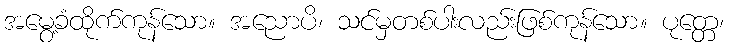
အမွေ့ခံထိုက်ကုန်သော။ အညောပိ၊ သင်မှတစ်ပါးလည်းဖြစ်ကုန်သော။ ပုတ္တေ၊